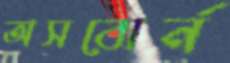
অসবোর্ন